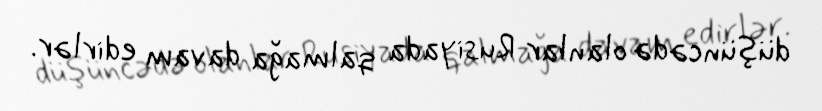
düşüncədə olanlar Rusiyada qalmağa davam edirlər.